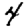
Digit: 4